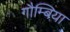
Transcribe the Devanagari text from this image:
गौम्बिया